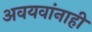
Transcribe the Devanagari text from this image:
अवयवांनाही